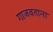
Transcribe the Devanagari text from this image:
गाजवताना